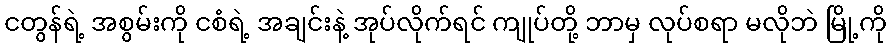
ငတွန်ရဲ့ အစွမ်းကို ငစံရဲ့ အချင်းနဲ့ အုပ်လိုက်ရင် ကျုပ်တို့ ဘာမှ လုပ်စရာ မလိုဘဲ မြို့ကို